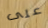
على